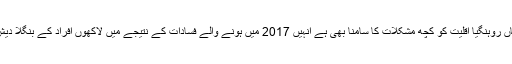
میانمار کی سربراہ نے مزید کہا کہ رخائن کا معاملہ پیچیدہ ہے جہاں روہنگیا اقلیت کو کچھ مشکلات کا سامنا بھی ہے انہیں 2017 میں ہونے والے فسادات کے نتیجے میں لاکھوں افراد کے بنگلا دیش میں پناہ لینے کا علم ہے اور ان کی حالت زار پر افسوس بھی ہے۔